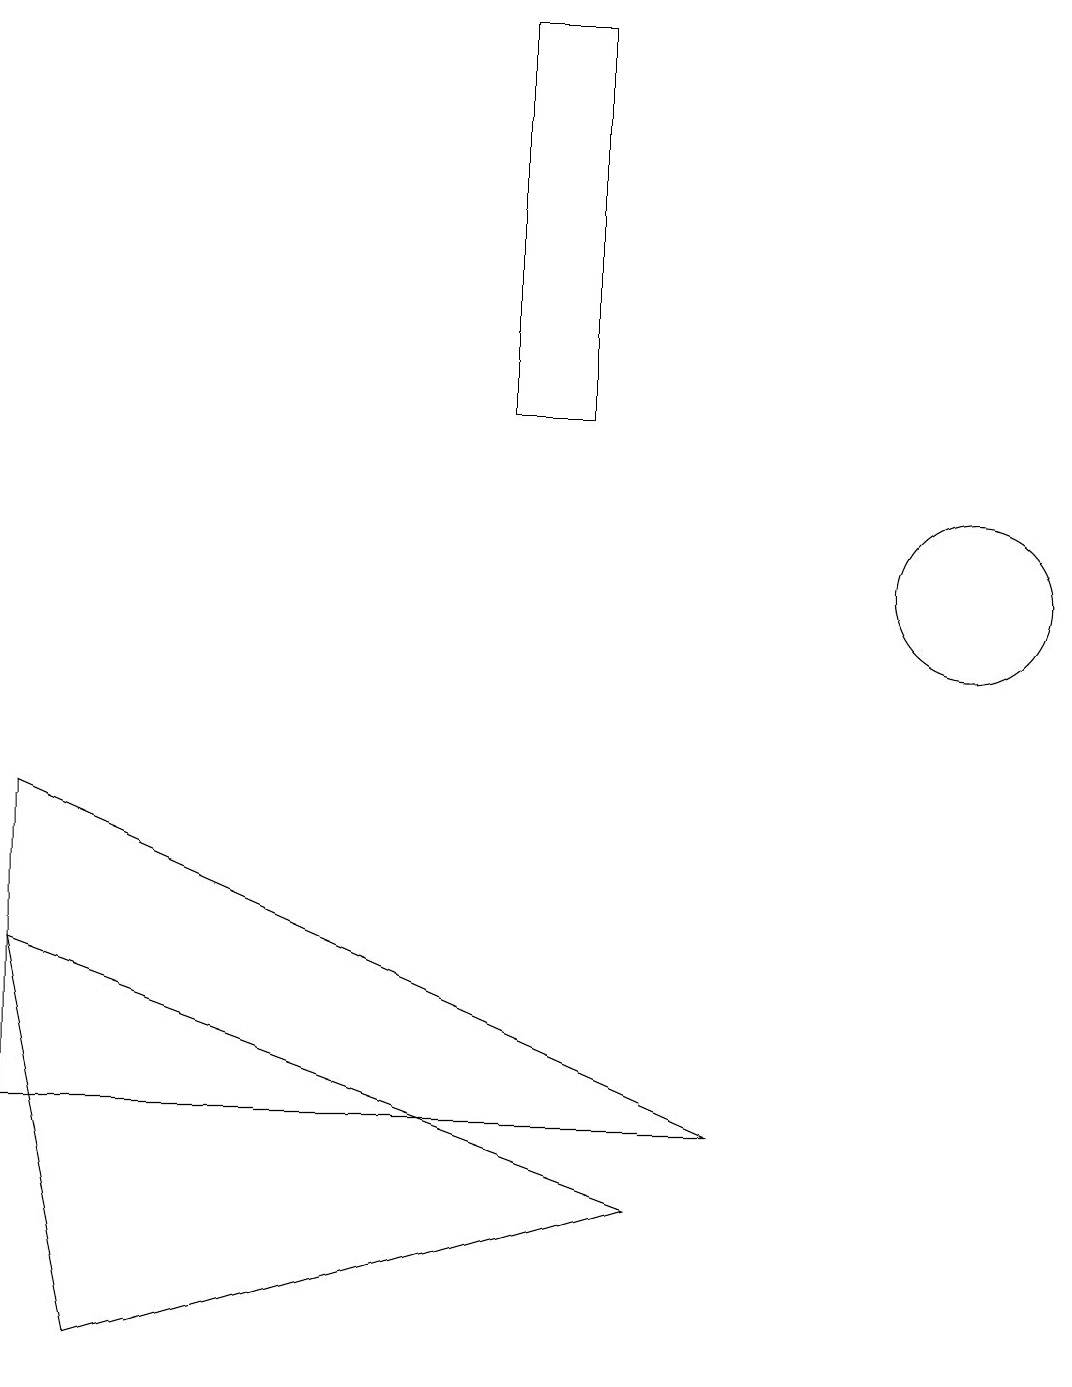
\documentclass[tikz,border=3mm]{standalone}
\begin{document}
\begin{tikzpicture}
\draw (12,10) circle (1);
\draw (7,12) rectangle (6,17);
\draw (0,3) -- (0,7) -- (9,3) -- cycle;
\draw (1,0) -- (8,2) -- (0,5) -- cycle;
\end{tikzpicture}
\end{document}